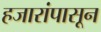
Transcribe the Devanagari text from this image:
हजारांपासून